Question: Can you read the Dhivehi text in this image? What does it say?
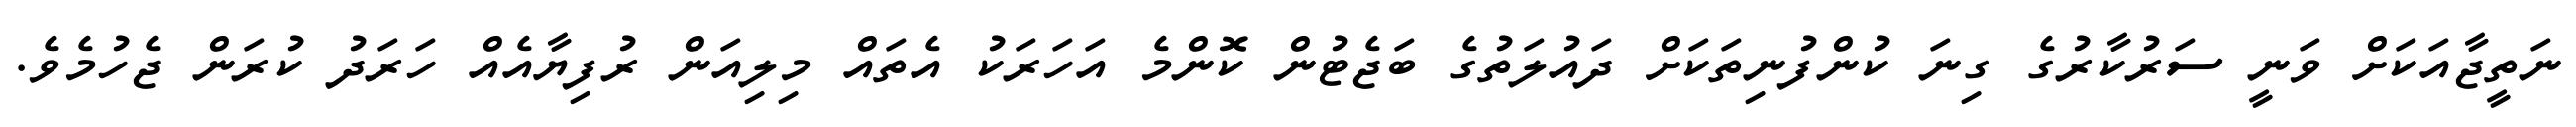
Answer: ނަތީޖާއަކަށް ވަނީ ސަރުކާރުގެ ގިނަ ކުންފުނިތަކަށް ދައުލަތުގެ ބަޖެޓުން ކޮންމެ އަހަރަކު އެތައް މިލިއަން ރުފިޔާއެއް ހަރަދު ކުރަން ޖެހުމެވެ.